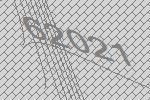
62021